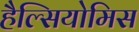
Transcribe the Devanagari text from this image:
हैल्सियोमिस